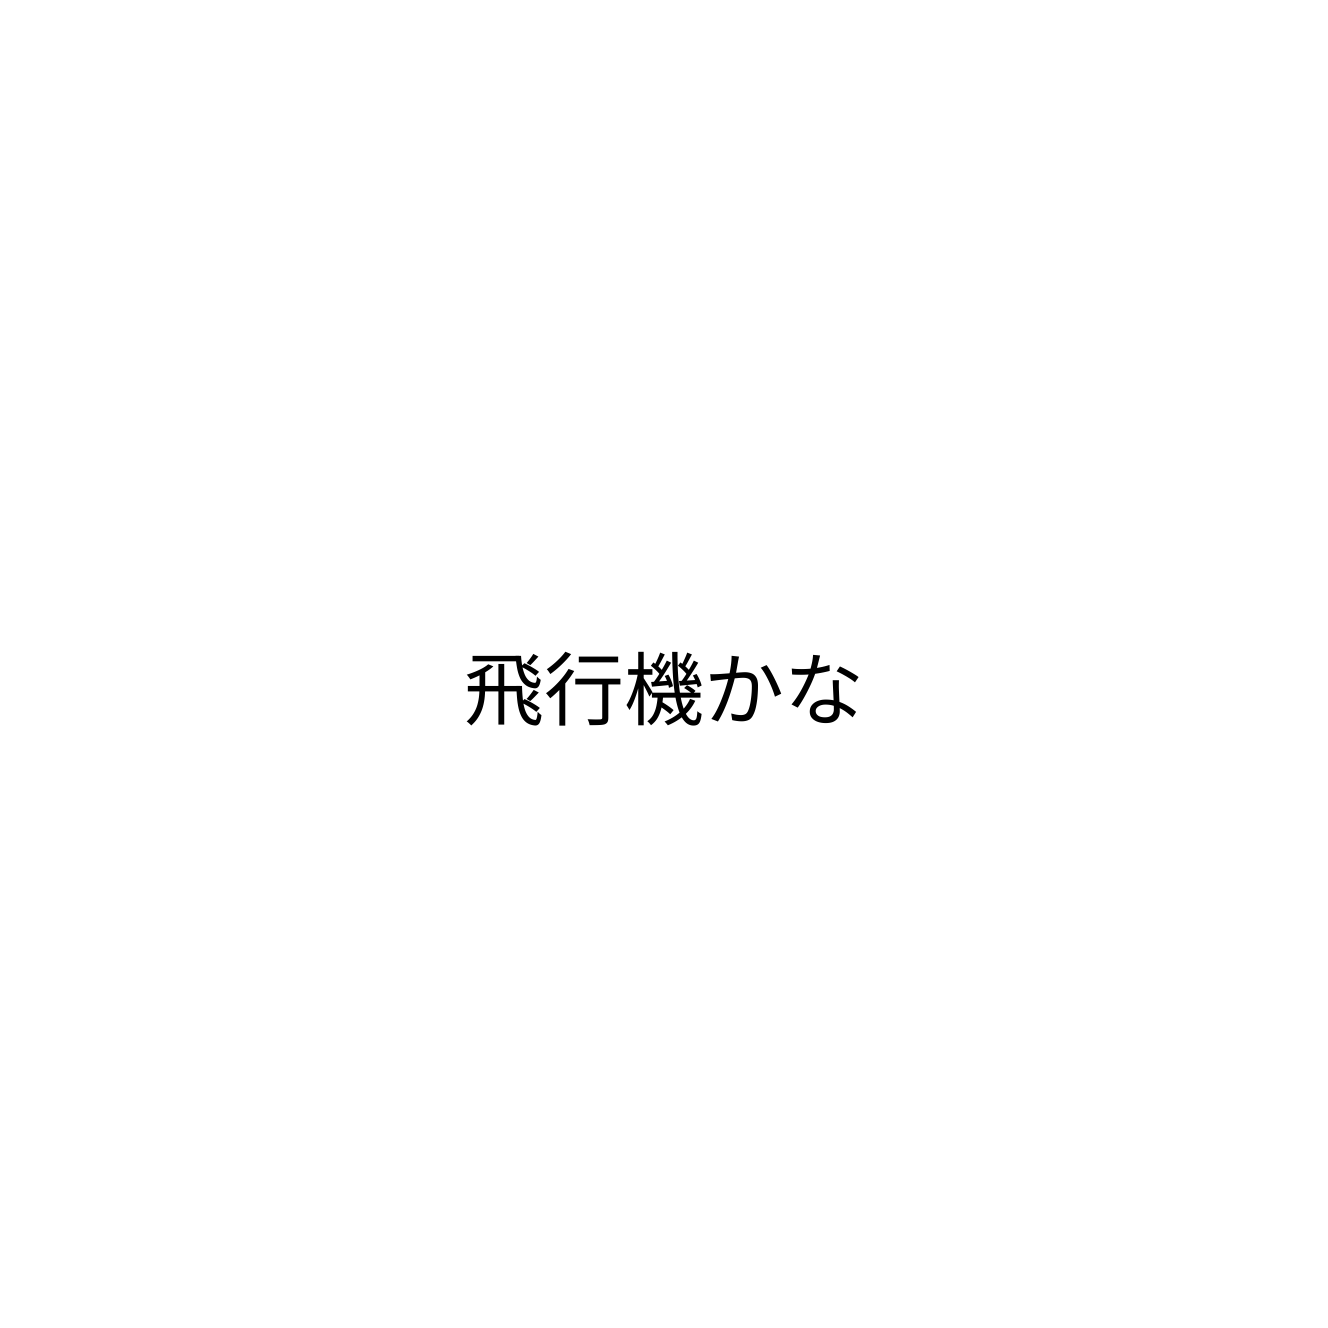
飛行機かな